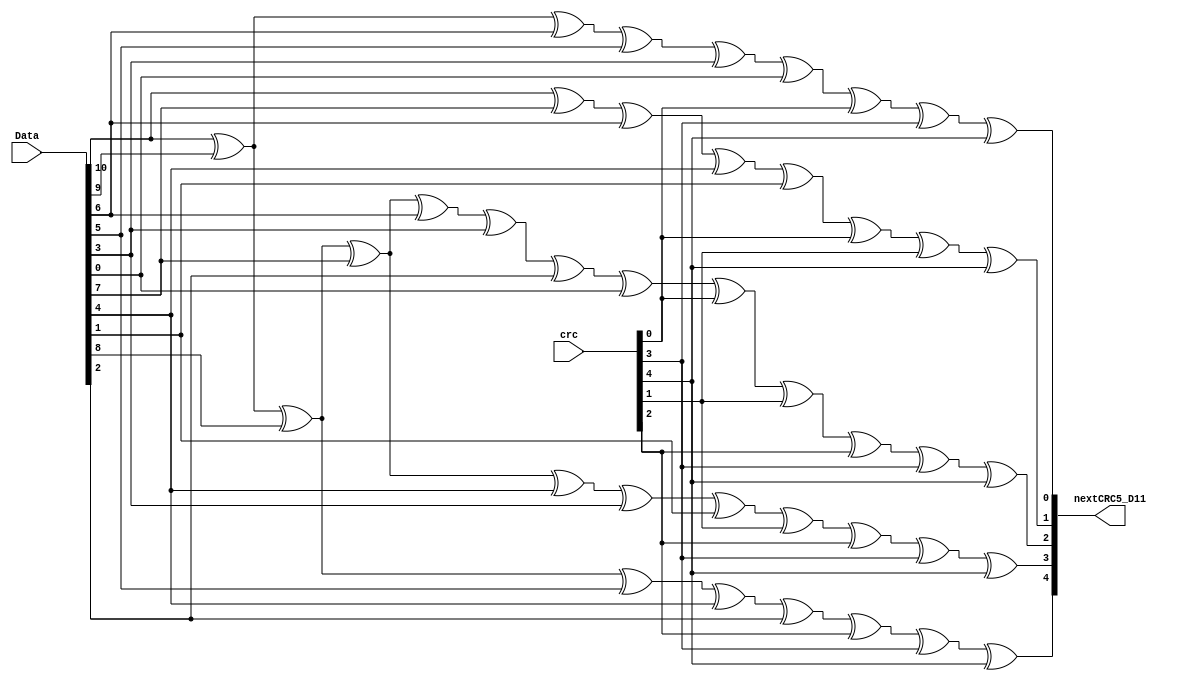
module CRC5_D11(
  nextCRC5_D11,
  Data,
  crc
  );
    output reg [4:0] nextCRC5_D11;
        input wire [10:0] Data;
    input wire [4:0] crc;
    reg [10:0] d;
    reg [4:0] c;
    reg [4:0] newcrc;
  always @ (*) 
    begin
    d [10:0] = Data [10:0];
    c [4:0] = crc [4:0];
    newcrc[0] = d[10] ^ d[9] ^ d[6] ^ d[5] ^ d[3] ^ d[0] ^ c[0] ^ c[3] ^ c[4];
    newcrc[1] = d[10] ^ d[7] ^ d[6] ^ d[4] ^ d[1] ^ c[0] ^ c[1] ^ c[4];
    newcrc[2] = d[10] ^ d[9] ^ d[8] ^ d[7] ^ d[6] ^ d[3] ^ d[2] ^ d[0] ^ c[0] ^ c[1] ^ c[2] ^ c[3] ^ c[4];
    newcrc[3] = d[10] ^ d[9] ^ d[8] ^ d[7] ^ d[4] ^ d[3] ^ d[1] ^ c[1] ^ c[2] ^ c[3] ^ c[4];
    newcrc[4] = d[10] ^ d[9] ^ d[8] ^ d[5] ^ d[4] ^ d[2] ^ c[2] ^ c[3] ^ c[4];
    nextCRC5_D11 = newcrc;
    end
endmodule